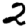
Digit: 2